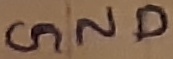
Text: GND